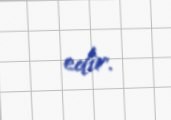
edir.